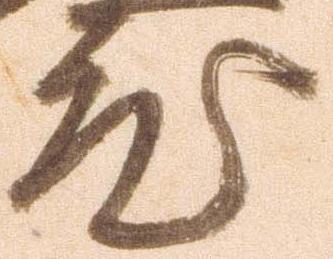
度